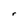
Character: r